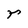
Character: r